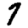
Digit: 7